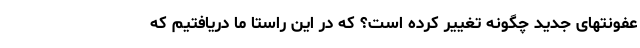
عفونتهای جدید چگونه تغییر کرده است؟ که در این راستا ما دریافتیم که